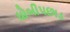
ધોબીપછાડ